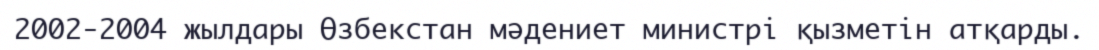
2002-2004 жылдары Өзбекстан мәдениет министрі қызметін атқарды.